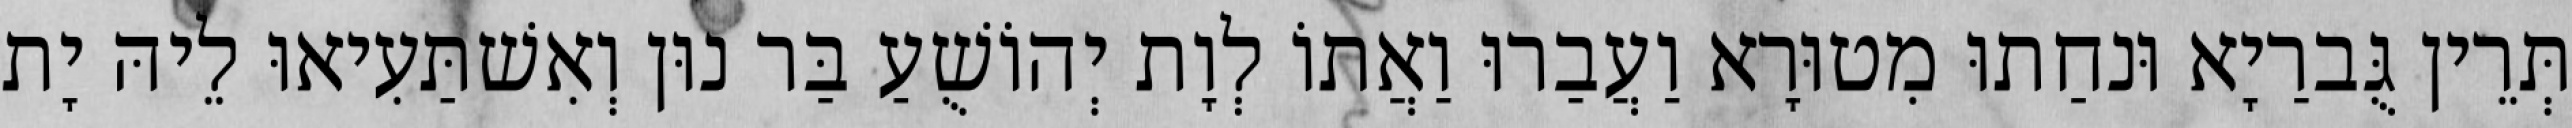
תְּרֵין גֻּברַיָא וּנחַתוּ מִטוּרָא וַעֲבַרוּ וַאֲתוֹ לְוָת יְהוֹשֻׁעַ בַּר נוּן וְאִשׁתַּעִיאוּ לֵיהּ יָת